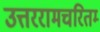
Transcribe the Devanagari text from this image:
उत्तररामचरितम्‍